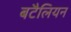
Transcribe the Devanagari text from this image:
बटैलियन